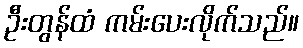
ဦးတွန်ထံ ကမ်းပေးလိုက်သည်။